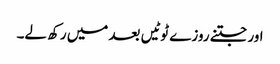
اور جتنے روزے ٹوٹیں بعد میں رکھ لے۔